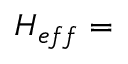
{ \cal H } _ { e f f } =